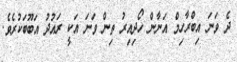
ދެ ވަނަ އިބްރާހިމް އަނާން ހޯދިއިރު ތިން ވަނަ އަކީ ރައުދު އަބޫބަކުރެވެ.